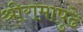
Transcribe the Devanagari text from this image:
श्रीरामापुढे